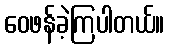
ဝေဖန်ခဲ့ကြပါတယ်။